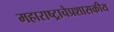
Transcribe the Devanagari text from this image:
महाराष्ट्राचेप्रशासकीय